Civil Veterinary Dept. Bombay admin report 1923-31 - 1923-1931
Year: 1923
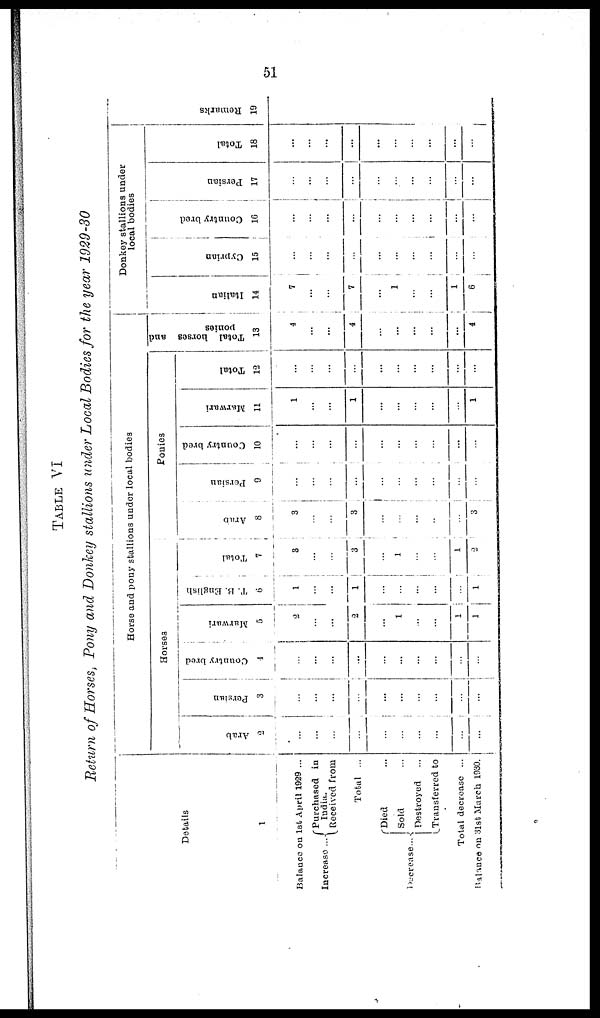
51
TABLE VI
Return of Horses, Pony and Donkey stallions under Local Bodies for the year 1929-30
Details
1
Balance on 1st April 1929 ...
Increase ...
Decrease ...
Purchased in
India.
Received from
Total ...
Died ...
Sold ...
Destroyed
Transferred to
Total decrease ...
Balance on 31st March 1930.
Horse and pony stallions under local bodies
Horses
Arab
2
...
...
...
...
...
...
...
...
...
...
Persian
3
...
...
...
...
...
...
...
...
...
...
Country bred
4
...
...
...
...
...
...
...
...
...
...
Marwari
5
2
...
...
2
...
1
...
...
1
1
T. B. English
6
1
...
...
1
...
...
...
...
...
1
Total
7
3
...
...
3
...
1
...
...
1
2
Ponies
Arab
8
3
...
...
3
...
...
...
...
...
3
Persian
9
...
...
...
...
...
...
...
...
...
...
Country bred
10
...
...
...
...
...
...
...
...
...
...
Marwari
11
1
...
...
1
...
...
...
...
...
1
Total
12
...
...
...
...
...
...
...
...
...
...
Total horses and
ponies
13
4
...
...
4
...
...
...
...
...
4
Donkey stallions under
local bodies
Italian
14
7
...
...
7
...
1
...
...
1
6
Cyprian
15
...
...
...
...
...
...
...
...
...
...
Count r
y br ed
16
...
...
...
...
...
...
...
...
...
...
Per s i
an
17
...
...
...
...
...
...
...
...
...
...
Tot al
18
...
...
...
...
...
...
...
...
...
...
Re ma r
ks
19
...
...
...
...
...
...
...
...
...
...